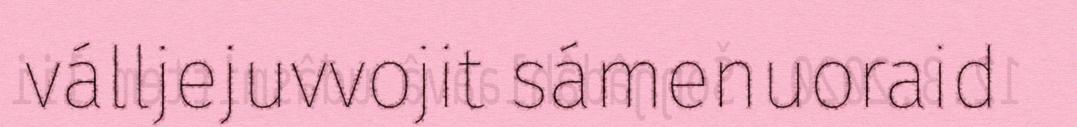
válljejuvvojit sámenuoraid